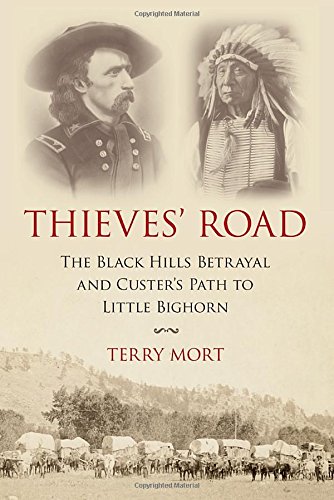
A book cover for Thieves' Road: The Black Hills Betrayal and Custer's Path to Little Bighorn; Terry Mort; History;